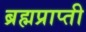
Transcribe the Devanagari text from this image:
ब्रह्मप्राप्ती